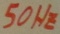
Text: 50Hz